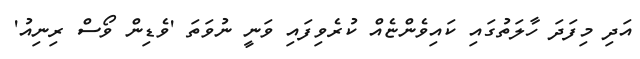
އަދި މިފަދަ ހާލަތުގައި ކައިވެންޏެއް ކުރެވިފައި ވަނީ ނުވަތަ 'ވެޑިން ވޯސް ރިނިއު'